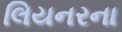
લિયનરના